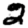
Digit: 2